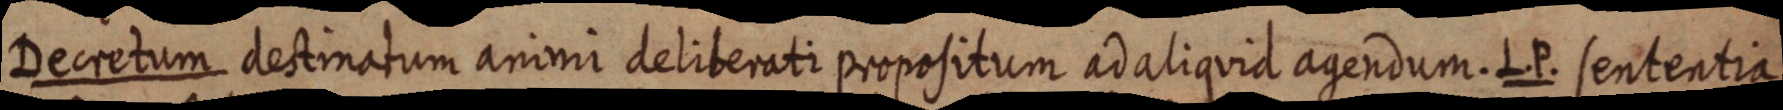
Decretum destinatum animi deliberati propositum ad aliquid agendum. L. P. sententia